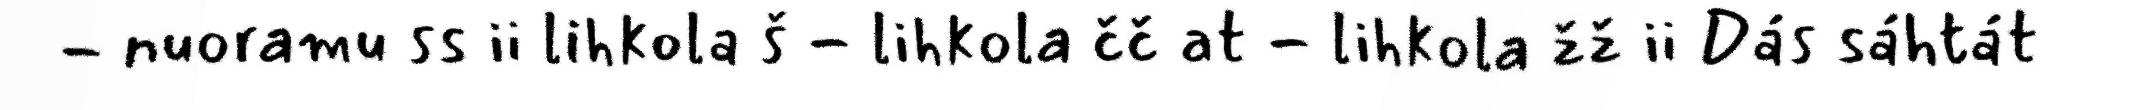
- nuoramu ss ii lihkola š - lihkola čč at - lihkola žž ii Dás sáhtát